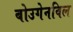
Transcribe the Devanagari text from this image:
बोउगेनविल